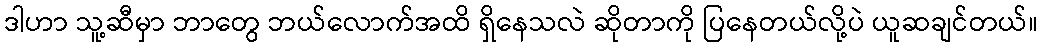
ဒါဟာ သူ့ဆီမှာ ဘာတွေ ဘယ်လောက်အထိ ရှိနေသလဲ ဆိုတာကို ပြနေတယ်လို့ပဲ ယူဆချင်တယ်။